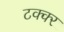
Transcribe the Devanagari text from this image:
टक्क्‍र